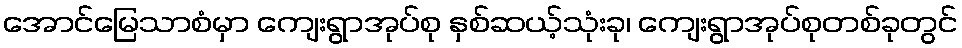
အောင်မြေသာစံမှာ ကျေးရွာအုပ်စု နှစ်ဆယ့်သုံးခု၊ ကျေးရွာအုပ်စုတစ်ခုတွင်